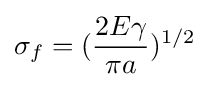
\sigma _{f}=({2E\gamma  \over \pi a})^{1/2}